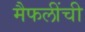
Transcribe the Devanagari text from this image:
मैफलींची